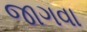
જાગવા